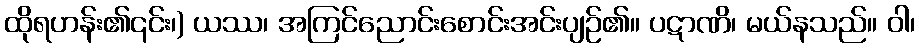
ထိုရဟန်း၏၎င်း၊) ယဿ၊ အကြင်ညောင်းစောင်းအင်းပျဉ်၏။ ပဋာဏိ၊ မယ်နသည်။ ဝါ၊